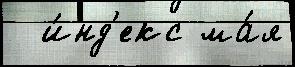
  и́нд'екс ма́я